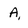
Character: A